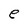
Character: e